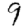
Digit: 9